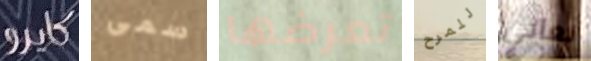
كايرو سمى تعرضها للمرح نعاني